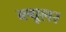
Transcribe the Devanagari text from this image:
ब्ल्यूलर